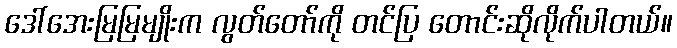
ဒေါ်အေးမြမြမျိုးက လွတ်တော်ကို တင်ပြ တောင်းဆိုလိုက်ပါတယ်။